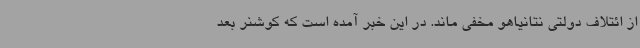
از ائتلاف دولتی نتانیاهو مخفی ماند. در این خبر آمده است که کوشنر بعد